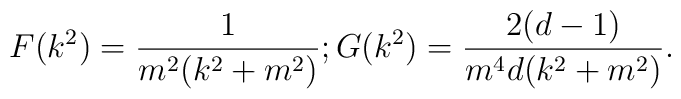
F(k^2)=\frac{1}{m^2(k^2+m^2)};G(k^2)=\frac{2(d-1)}{m^4d(k^2+m^2)}.